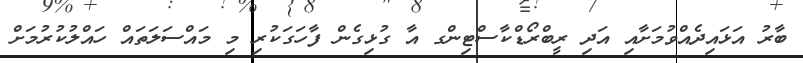
ބާރު އަޅައިދެއްވުމަށާއި އަދި ރީބްރޯޑްކާސްޓިންގ އާ ގުޅިގެން ފާހަގަކުރި މި މައްސަލަތައް ހައްލުކުރުމަށް